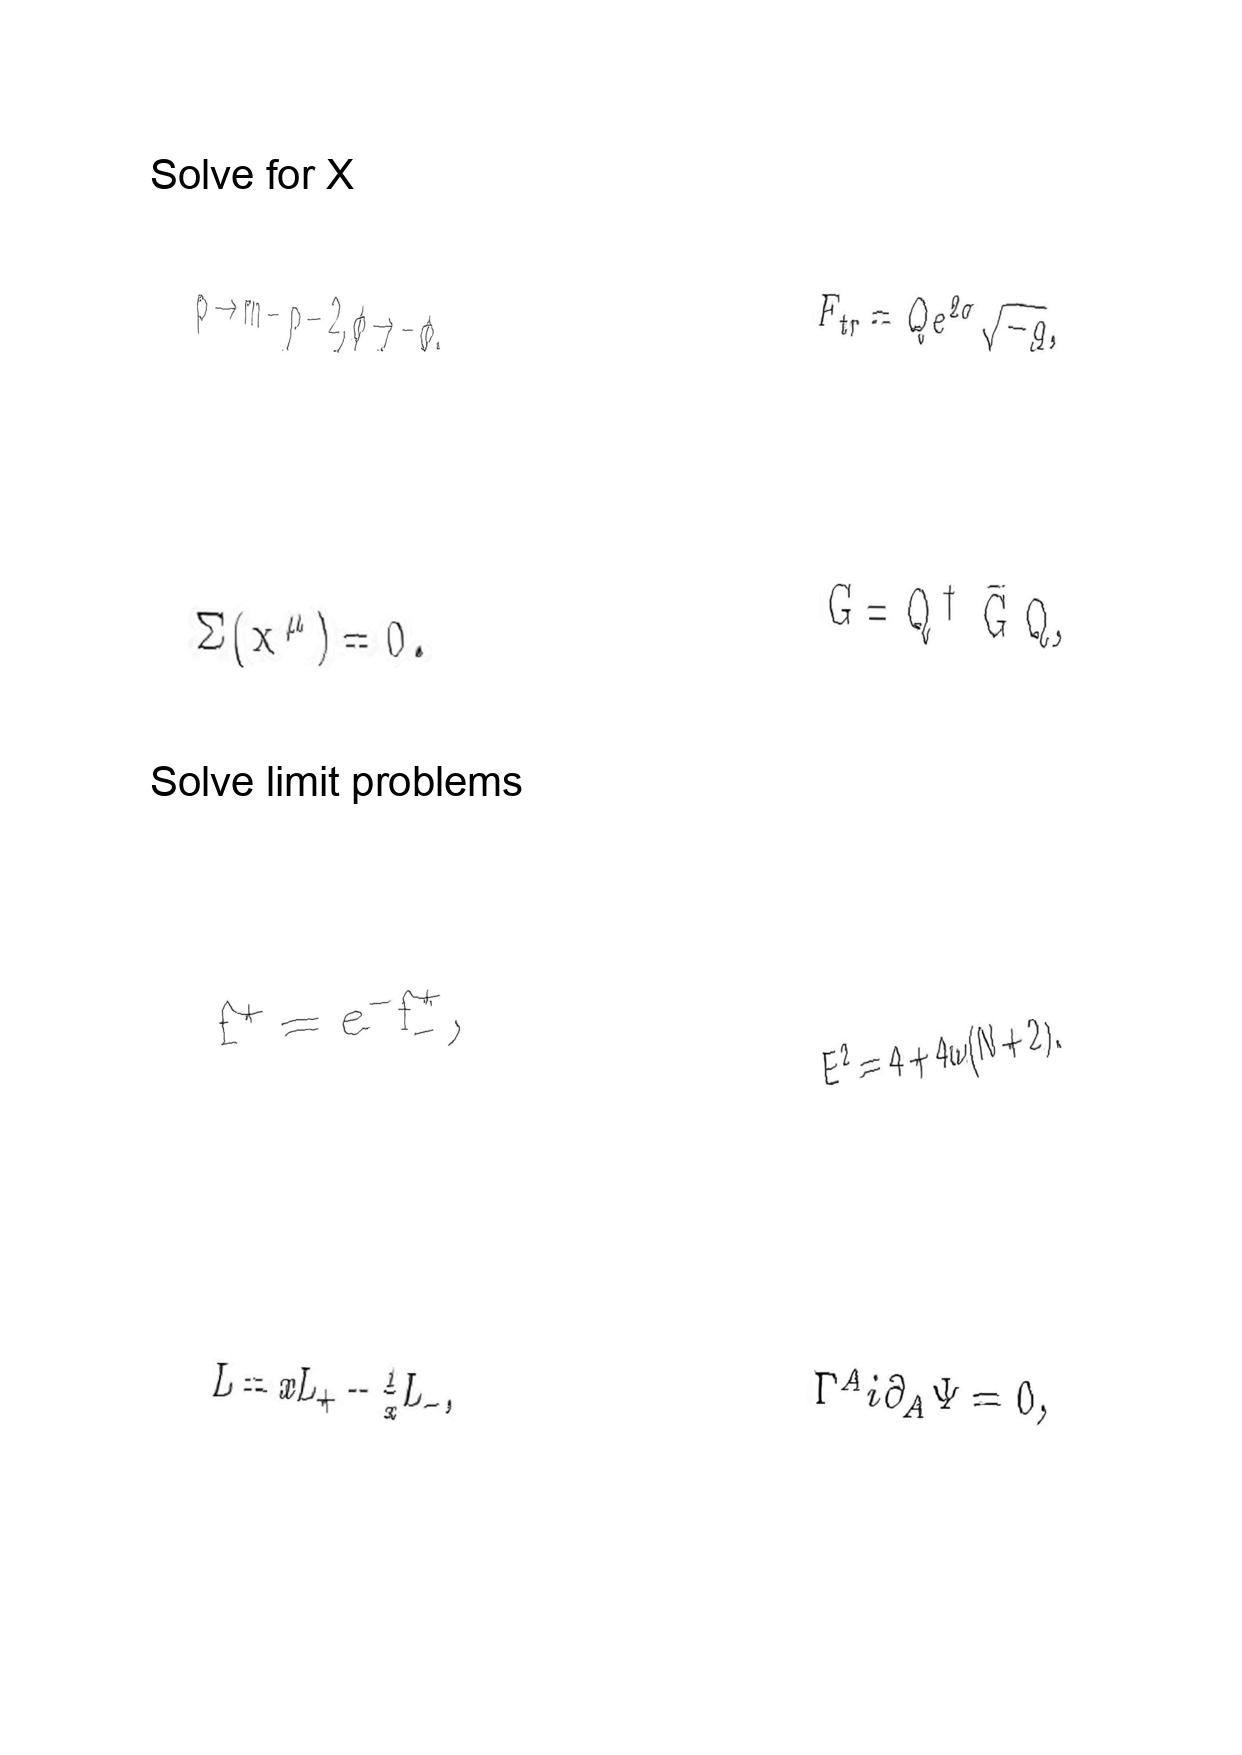
LaTeX transcription:
p \to m - p - 2 , \phi \to - \phi .
\Sigma \lparen x ^ { \mu } \rparen = 0 .
f ^ { + } = e ^ { - } f _ { - } ^ { + } ,
L = x L _ { + } - \frac { 1 } { x } L _ { - } ,
F _ { t r } = Q e ^ { 2 \sigma } \sqrt { - g } ,
G = Q ^ { \dagger } \bar { G } Q ,
E ^ { 2 } = 4 + 4 \omega \lparen N + 2 \rparen .
\Gamma ^ { A } i \partial _ { A } \Psi = 0 ,